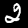
Digit: 2